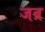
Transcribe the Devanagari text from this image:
जब्र